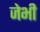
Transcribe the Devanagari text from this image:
जेभी